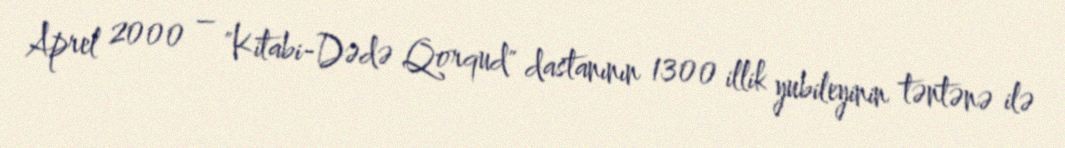
Aprel 2000 – "Kitabi-Dədə Qorqud" dastanının 1300 illik yubileyinin təntənə ilə